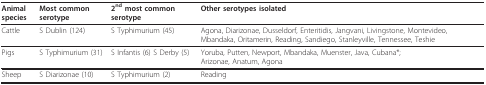
<table><thead><tr><td><b>Animal species</b></td><td><b>Most common serotype</b></td><td><b>2<sup>nd </sup>most common serotype</b></td><td><b>Other serotypes isolated</b></td></tr></thead><tbody><tr><td>Cattle</td><td>S Dublin (124)</td><td>S Typhimurium (45)</td><td>Agona, Diarizonae, Dusseldorf, Enteritidis, Jangvani, Livingstone, Montevideo, Mbandaka, Oritamerin, Reading, Sandiego, Stanleyville, Tennessee, Teshie</td></tr><tr><td>Pigs</td><td>S Typhimurium (31)</td><td>S Infantis (6) S Derby (5)</td><td>Yoruba, Putten, Newport, Mbandaka, Muenster, Java, Cubana*; Arizonae, Anatum, Agona</td></tr><tr><td>Sheep</td><td>S Diarizonae (10)</td><td>S Typhimurium (2)</td><td>Reading</td></tr></tbody></table>